Annual report on the lock hospitals of the Madras Presidency
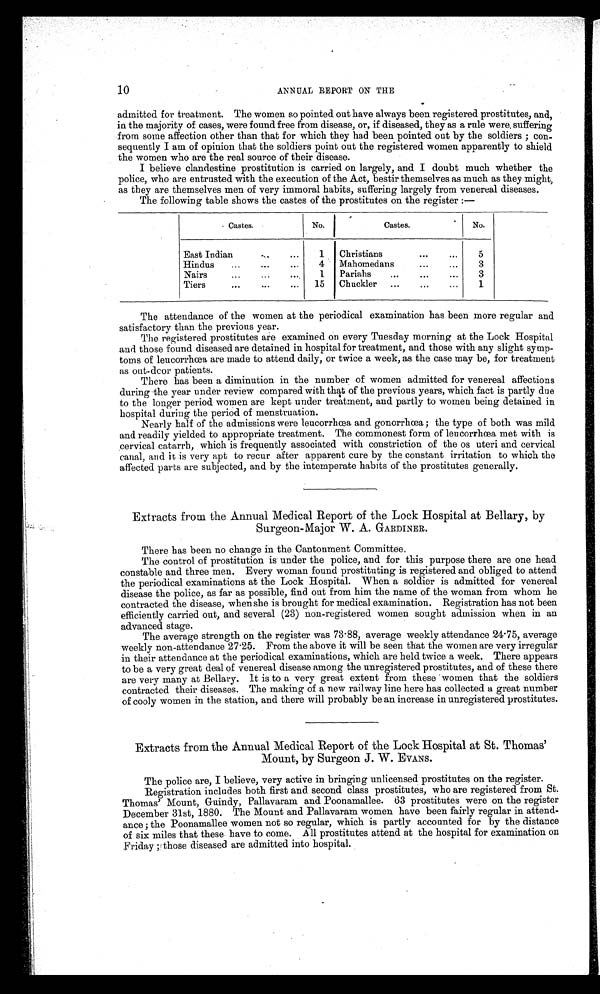
10
ANNUAL REPORT ON THE
admitted for treatment. The women so pointed out have always been registered prostitutes, and,
in the majority of cases, were found free from disease, or, if diseased, they as a rule were, suffering
from some affection other than that for which they had been pointed out by the soldiers ; con-
sequently I am of opinion that the soldiers point out the registered women apparently to shield
the women who are the real source of their disease.
I believe clandestine prostitution is carried on largely, and I doubt much whether the
police, who are entrusted with the execution of the Act, bestir themselves as much as they might,
as they are themselves men of very immoral habits, suffering largely from venereal diseases.
The following table shows the castes of the prostitutes on the register :—
Castes.
No.
Castes.
No.
East Indian
...
...
1
Christians
...
5
Hindus...
...
4
Mahomedans
...
...
3
Nairs... ...
...
1 Pariahs
...
...
...
3
T i e r s . . . . . . . . .
15
Chuckler
...
...
. ..
1
The attendance of the women at the periodical examination has been more regular and
satisfactory than the previous year.
The registered prostitutes are examined on every Tuesday morning at the Lock Hospital
and those found diseased are detained in hospital for treatment, and those with any slight symp-
toms of leucorrhœa are made to attend daily, or twice a week, as the case may be, for treatment
as out-door patients.
There has been a diminution in the number of women admitted for venereal affections
during the year under review compared with that of the previous years, which fact is partly due
to the longer period women are kept under treatment, and partly to women being detained in
hospital during the period of menstruation.
Nearly half of the admissions were leucorrhœa and gonorrhœa; the type of both was mild
and readily yielded to appropriate treatment. The commonest form of leucorrhœa met with is
cervical catarrh, which is frequently associated with constriction of the os uteri and cervical
canal, and it is very apt to recur after apparent cure by the constant irritation to which the
affected parts are subjected, and by the intemperate habits of the prostitutes generally.
Extracts from the Annual Medical Report of the Lock Hospital at Bellary, by
Surgeon-Major W. A. GARDINER.
There has been no change in the Cantonment Committee.
The control of prostitution is under the police, and for this purpose there are one head
constable and three men. Every woman found prostituting is registered and obliged to attend
the periodical examinations at the Lock Hospital. When a soldier is admitted for venereal
disease the police, as far as possible, find out from him the name of the woman from whom he
contracted the disease, when she is brought for medical examination. Registration has not been
efficiently carried out, and several (23) non-registered women sought admission when in an
advanced stage.
The average strength on the register was 73.88, average weekly attendance 24.75, average
weekly non-attendance 27.25. From the above it will be seen that the women are very irregular
in their attendance at the periodical examinations, which are held twice a week. There appears
to be a very great deal of venereal disease among the unregistered prostitutes, and of these there
are very many at Bellary. It is to a very great extent from these women that the soldiers
contracted their diseases. The making of a new railway line here has collected a great number
of cooly women in the station, and there will probably be an increase in unregistered prostitutes.
Extracts from the Annual Medical Report of the Lock Hospital at St. Thomas'
Mount, by Surgeon J. W. EVANS.
The police are, I believe, very active in bringing unlicensed prostitutes on the register.
Registration includes both first and second class prostitutes, who are registered from St.
Thomas' Mount, Guindy, Pallavaram and Poonamallee. 63 prostitutes were on the register
December 31st, 1880. The Mount and Pallavaram women have been fairly regular in attend-
ance; the Poonamallee women not so regular, which is partly accounted for by the distance
of six miles that these have to come. All prostitutes attend at the hospital for examination on
Friday ; those diseased are admitted into hospital.